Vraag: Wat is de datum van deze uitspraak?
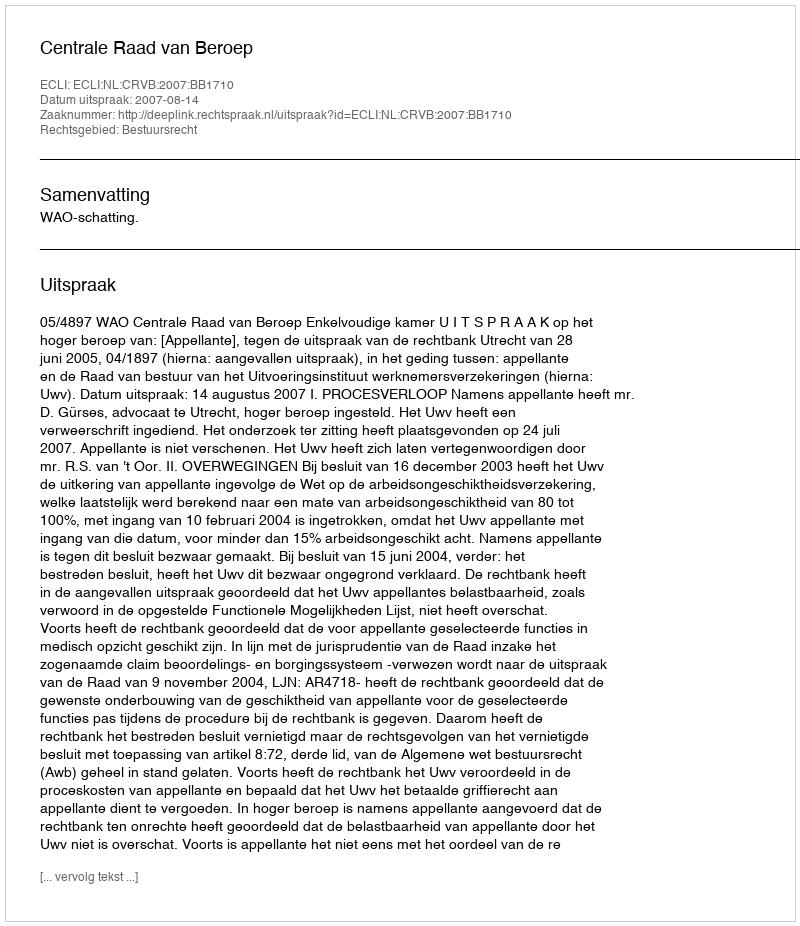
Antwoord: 2007-08-14